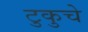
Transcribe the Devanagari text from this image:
टुकुचे